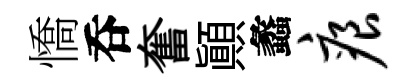
憍呑奮顛蠡痕